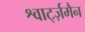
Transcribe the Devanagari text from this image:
श्वार्ट्ज़मैन